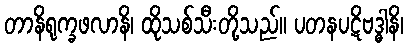
တာနိရုက္ခဖလာနိ၊ ထိုသစ်သီးတို့သည်။ ပတနပဋိဗဒ္ဓါနိ၊